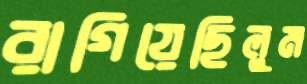
রাগিয়েছিলুম